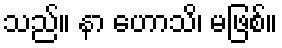
သည်။ နာ ဟောသိ၊ မဖြစ်။